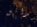
ورائع